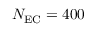
N _ { \mathrm { E C } } = 4 0 0